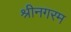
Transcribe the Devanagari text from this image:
श्रीनगरम